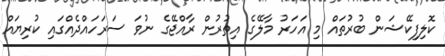
ކޮލިފިކޭޝަން ބުރުތައް މި އަހަރު މާލޭގެ އިތުރުން ރާއްޖޭގެ ނުވަ ސަރަހައްދެއްގައި ކުރިޔައް